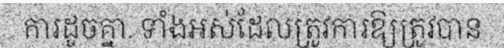
ការដូចគ្នា. ទាំងអស់ដែលត្រូវការឱ្យត្រូវបាន